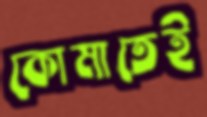
কোমাতেই